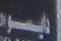
دايسو